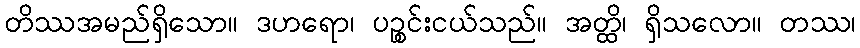
တိဿအမည်ရှိသော။ ဒဟရော၊ ပဉ္စင်းငယ်သည်။ အတ္ထိ၊ ရှိသလော။ တဿ၊